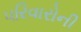
પરિવારોની